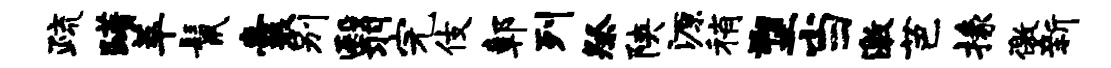
疏躇萃鬣囊别翳完伎鄣列祭陕源稍塑当激芭掾徼新